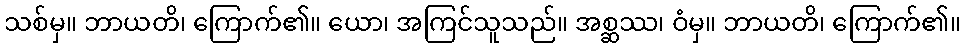
သစ်မှ။ ဘာယတိ၊ ကြောက်၏။ ယော၊ အကြင်သူသည်။ အစ္ဆဿ၊ ဝံမှ။ ဘာယတိ၊ ကြောက်၏။